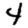
Digit: 4